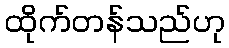
ထိုက်တန်သည်ဟု